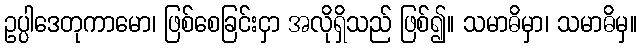
ဥပ္ပါဒေတုကာမော၊ ဖြစ်စေခြင်းငှာ အလိုရှိသည် ဖြစ်၍။ သမာဓိမှာ၊ သမာဓိမှ။